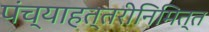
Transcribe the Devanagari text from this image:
पंच्याहत्तरीनिमित्त